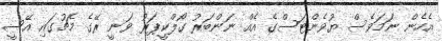
އެހެން ނަމަވެސް ޔުވެންޓަސްގެ އެއް ނަންބަރު ގޯލްކީޕަރު ވަނީ ރޭގެ މެޗުގައި އޭސީ